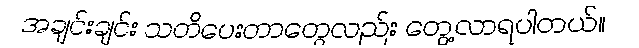
အချင်းချင်း သတိပေးတာတွေလည်း တွေ့လာရပါတယ်။